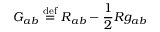
{ G } _ { a b } \ { \stackrel { \mathrm { d e f } } { = } } \ { R } _ { a b } - { \frac { 1 } { 2 } } { R } g _ { a b }